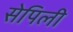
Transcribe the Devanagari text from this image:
सेपिली